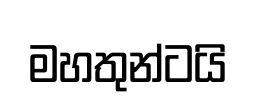
මහතුන්ටයි